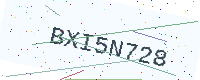
Text: BXI5N728